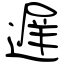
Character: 遅